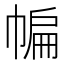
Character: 𱜯